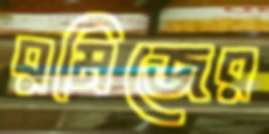
রমিজের